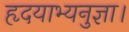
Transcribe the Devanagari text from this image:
हृदयाभ्यनुज्ञा।